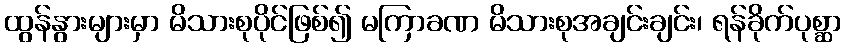
ထွန်နွားများမှာ မိသားစုပိုင်ဖြစ်၍ မကြာခဏ မိသားစုအချင်းချင်း၊ ရန်ခိုက်ပုစ္ဆာ